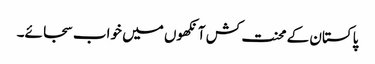
پاکستان کے محنت کش آنکھوں میں خواب سجائے۔